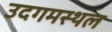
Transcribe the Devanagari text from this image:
उदगमस्थल